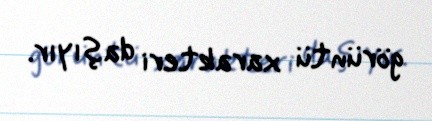
görüntü xarakteri daşıyır.